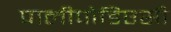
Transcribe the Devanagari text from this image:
पालीपोडिएसी